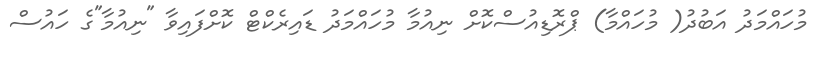
މުހައްމަދު އަބުދު( މުހައްމާ) ޕްރޮޑިއުސްކޮށް ނިއުމާ މުހައްމަދު ޑައިރެކްޓް ކޮށްފައިވާ "ނިއުމާ"ގެ ހައުސް